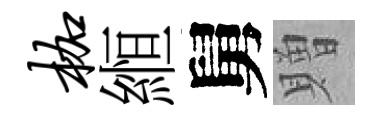
枷縆舅贈